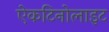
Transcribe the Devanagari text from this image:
ऐकटिनोलाइट